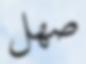
صھل